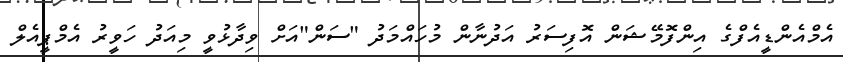
އެމްއެންޑީއެފްގެ އިންފޮމޭޝަން އޮފިސަރު އަދުނާން މުހައްމަދު "ސަން"އަށް ވިދާޅުވީ މިއަދު ހަވީރު އެމްޕީއެލް